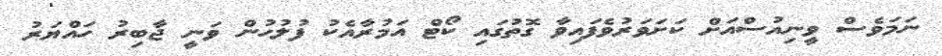
ނަމަވެސް ވީނިއުސްއަށް ކަށަވަރުވެފައިވާ ގޮތުގައި ކޯޓް އަމުރާއެކު ފުލުހުން ވަނީ ޖާބިރު ހައްޔަރު